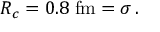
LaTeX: R _ { c } = 0 . 8 \; \mathrm { f m } = \sigma \, .